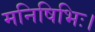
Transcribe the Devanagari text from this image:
मनिषिभिः।